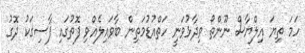
ހަމަ ތިޔަ އިލްޔާސް ނޫންތޯ ވިދާޅުވަނީ ހަތްއުޑުމަތިން ބާވައިލެއްވި ފޮތުގައި ފާސިގަކު ދޮގު